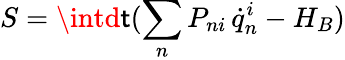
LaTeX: S=\intd\mathsf{t}(\sum_{n}P_{ni}\, \dot{{q}}_{n}^{i}-H_{B})